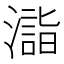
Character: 𣿉